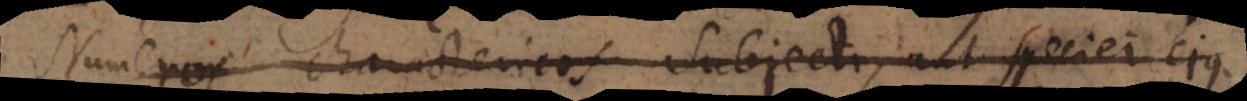
Numeros charactericos subjecti, aut speciei ejus